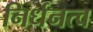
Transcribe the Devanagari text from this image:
निर्धनत्व